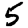
Digit: 5